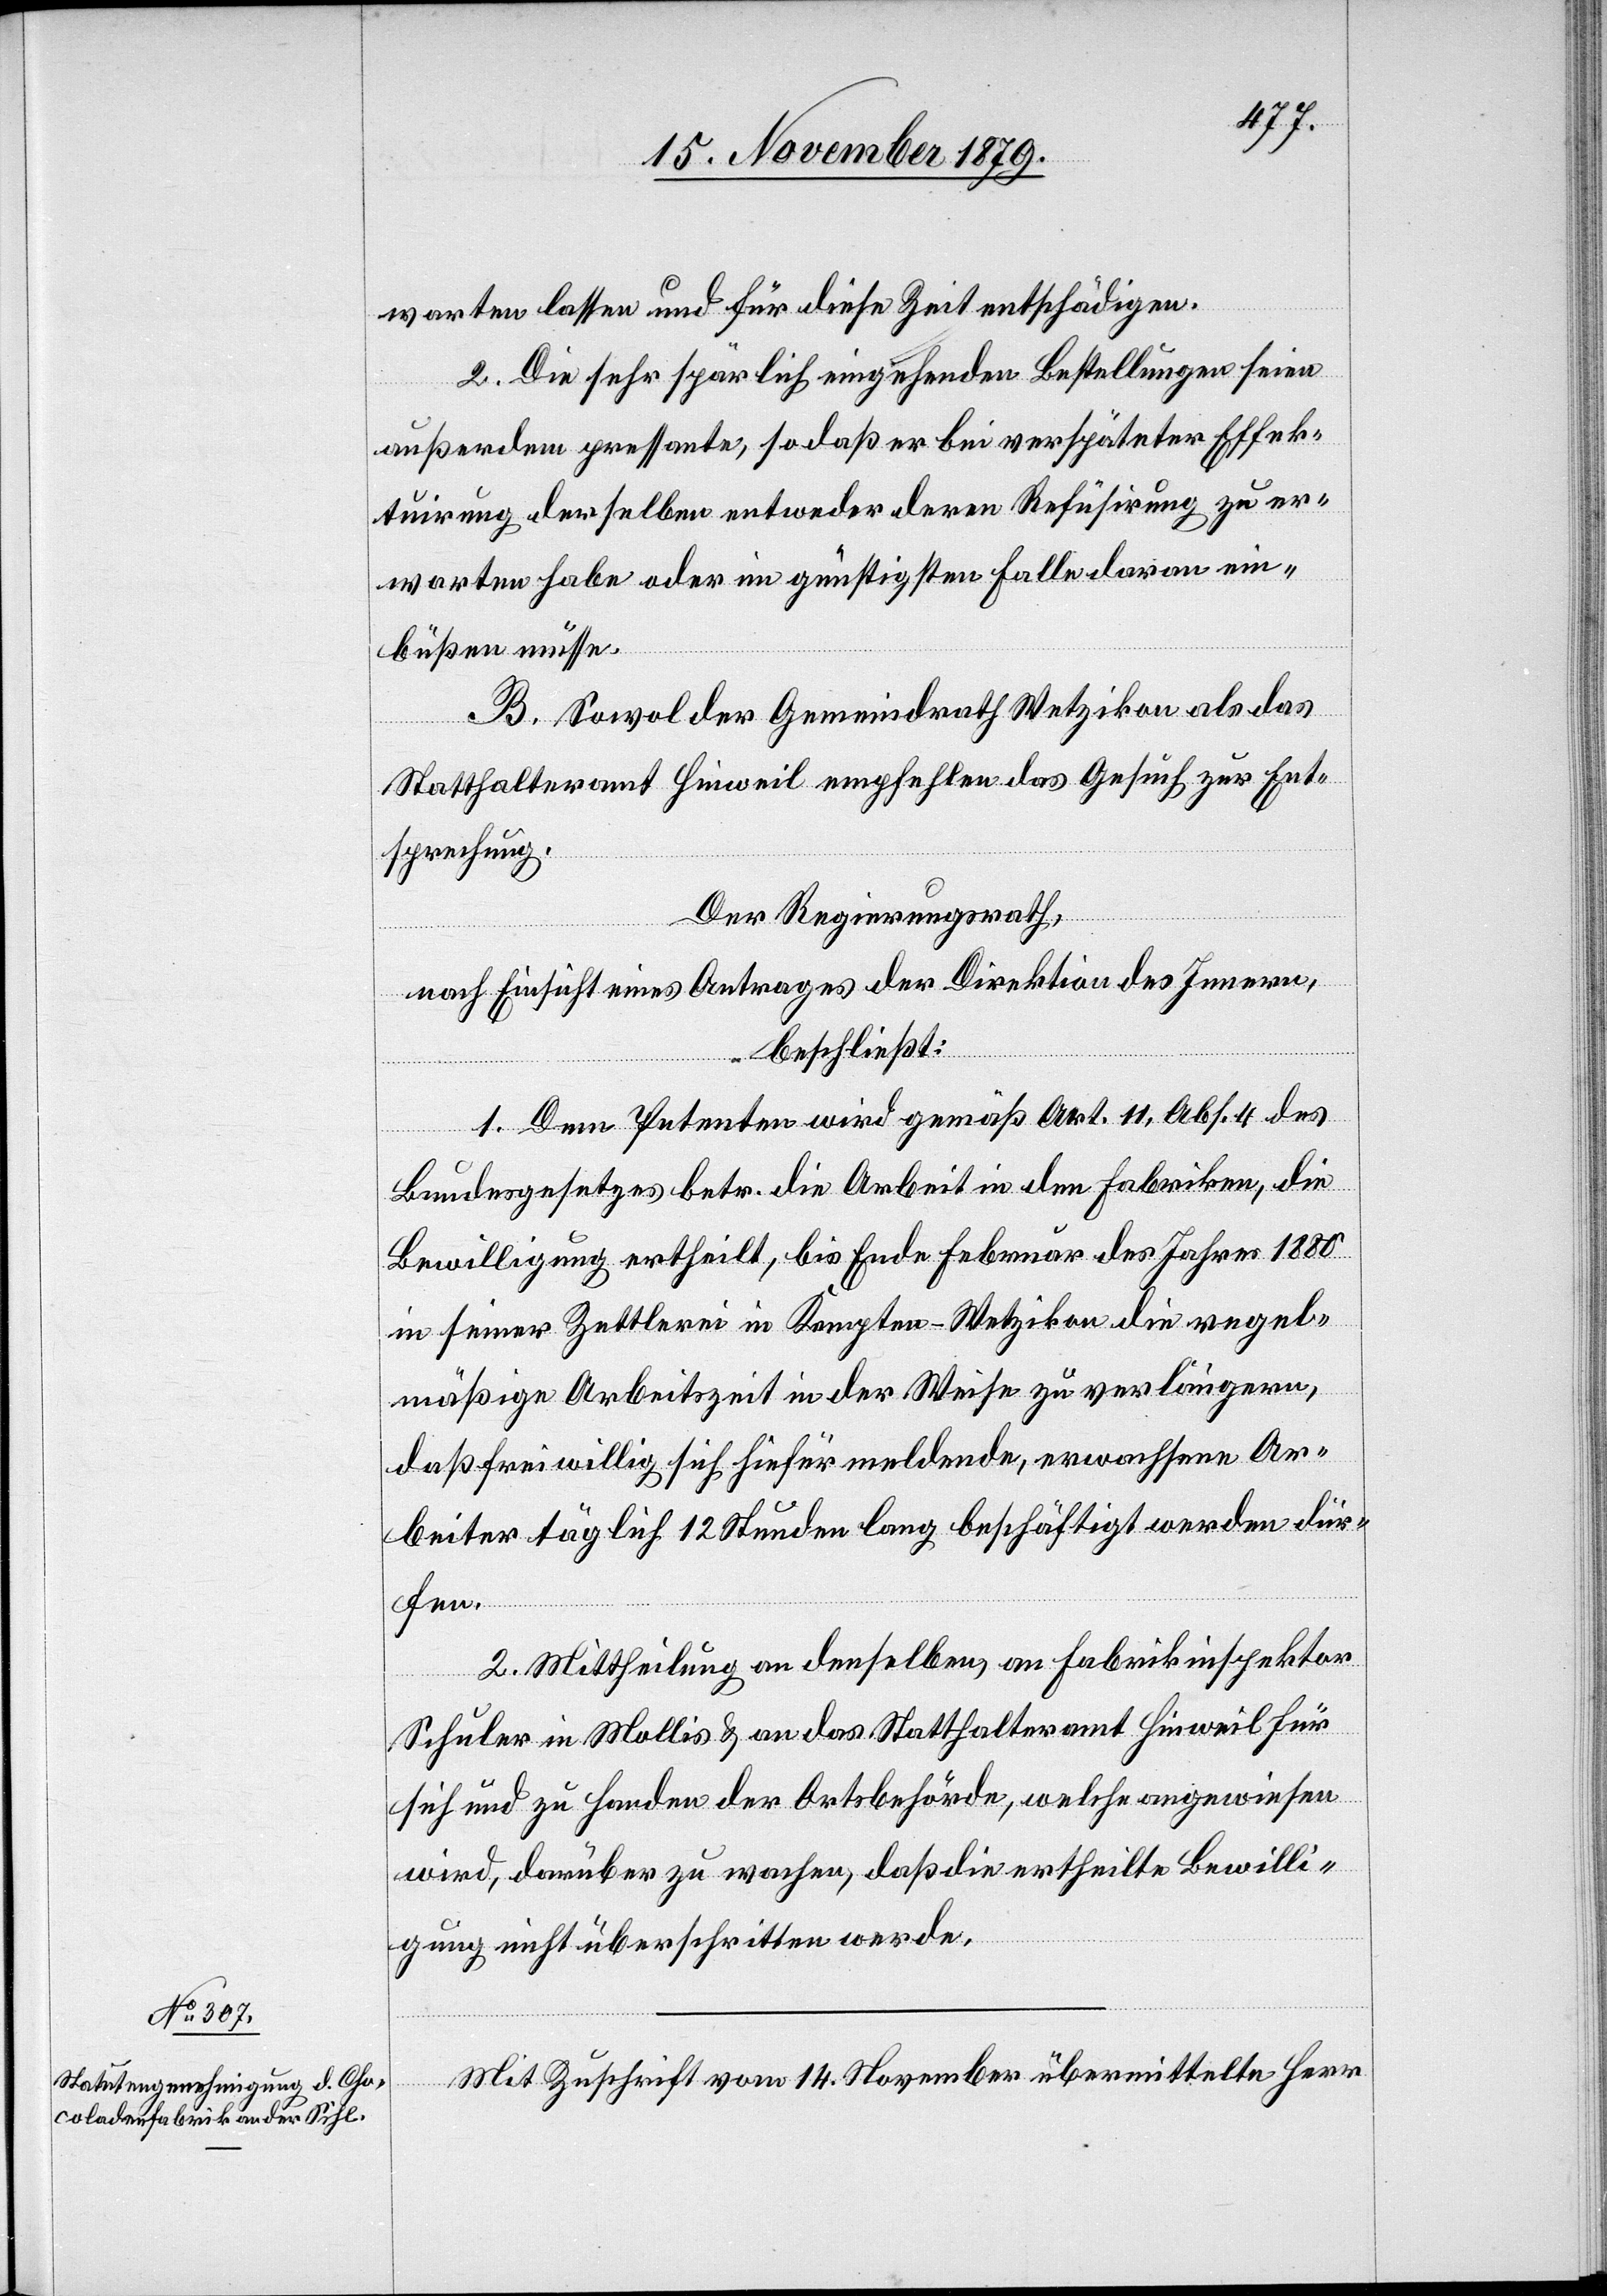
warten lassen und für diese Zeit entschädigen.
2. Die sehr spärlich eingehenden Bestellungen seien
außerdem pressente, so daß er bei verspäteter Effek¬
tuirung derselben entweder deren Refüsirung zu er¬
warten habe oder im günstigen Falle daran ein¬
büßen müsse.
B. Sowol der Gemeindrath Wetzikon als das
Statthalteramt Hinweil empfehlen das Gesuch zur Ent¬
sprechung.
Der Regierungsrath,
nach Einsicht eines Antrages der Direktion des Innern,
beschließt:
1. Dem Petenten wird gemäß Art. 11, Abs. 4 des
Bundesgesetzes betr. die Arbeiten in den Fabriken, die
Bewilligung ertheilt, bis Ende Februar des Jahres 1880
in seiner Zettlerei in Kempten - Wetzikon die regel¬
mäßige Arbeitszeit in der Weise zu verlängern.
daß freiwillig sich hiefür meldende, erwachsene Ar¬
beiter täglich 12 Stunden lang beschäftigt werden dür¬
fen.
2. Mittheilung an denselben, an Fabrikinspektor
Schuler in Mollis & an das Statthalteramt Hinweil für
sich und zu Handen der Ortsbehörde, welche angewiesen
wird, darüber zu wachen, das die ertheilte Bewilli¬
gung nicht überschritten werde.
Mit Zuschrift vom 14. November übermittelte Herr